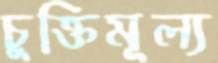
চুক্তিমূল্য